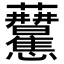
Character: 𧆒